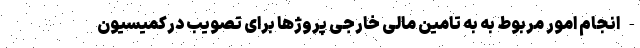
- انجام امور مربوط به به تامین مالی خارجی پروژها برای تصویب درکمیسیون